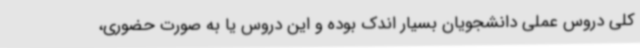
کلی دروس عملی دانشجویان بسیار اندک بوده و این دروس یا به صورت حضوری،